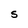
Character: S